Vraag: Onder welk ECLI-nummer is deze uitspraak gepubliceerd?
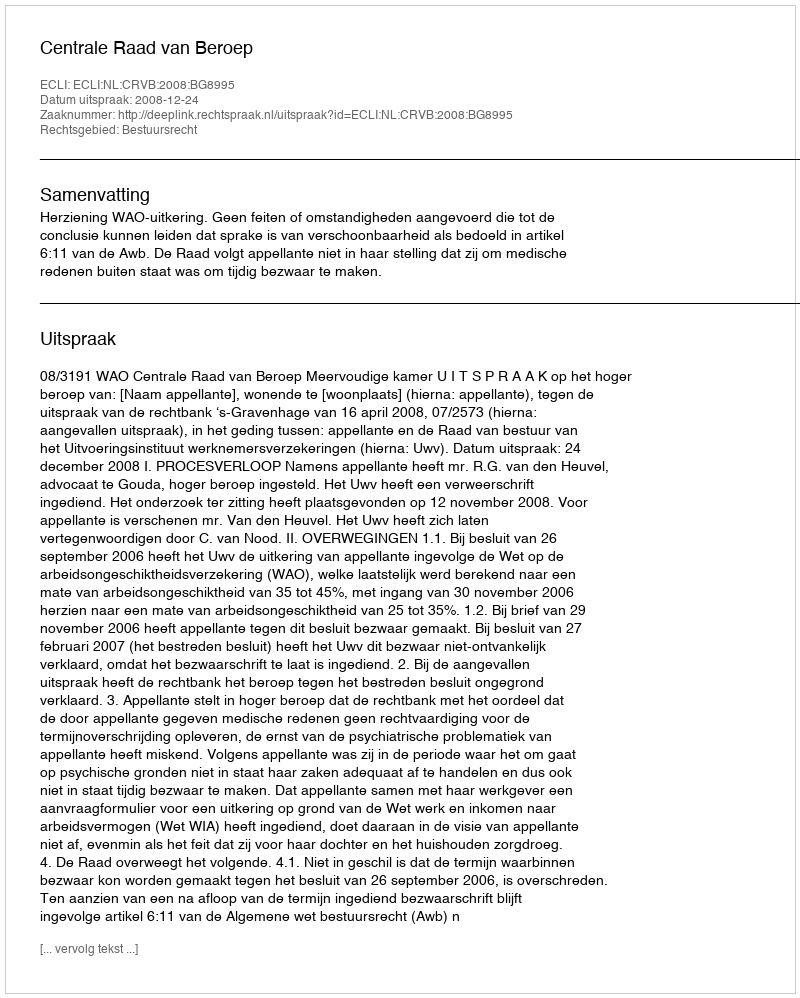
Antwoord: ECLI:NL:CRVB:2008:BG8995